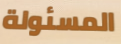
المسئولة